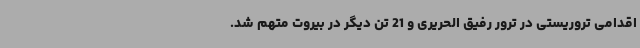
اقدامی تروریستی در ترور رفیق الحریری و 21 تن دیگر در بیروت متهم شد.